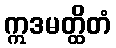
ဣဒမတ္ထိတံ